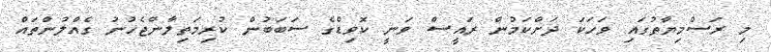
މި ރަސްމިޔާތުގައި ވަހަކަ ދަށްކަމުން ރައީސް ވަނީ ކޮވިޑްގެ ސަބަބުން ކުރިމަތިލާންޖެހުނު ގެއްލުންތައް